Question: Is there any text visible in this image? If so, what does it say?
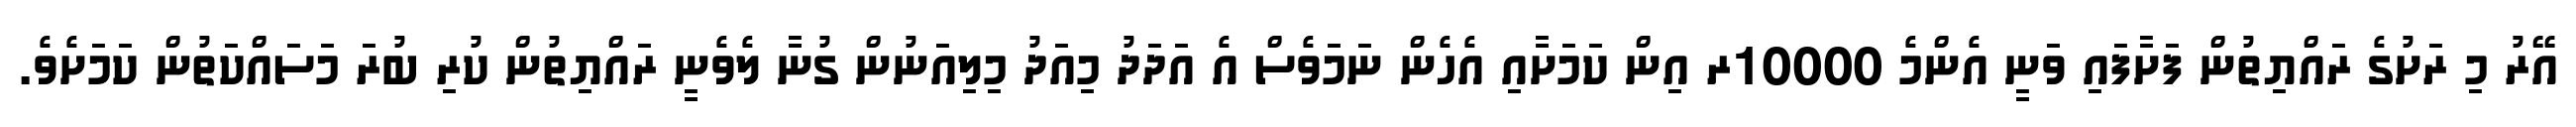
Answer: އޭރު މި ރަށުގެ ރައްޔިތުން ފަށާފައި ވަނީ އެންމެ 10000ރ އިން ކަމަށާއި އެހެން ނަމަވެސް އެ އަދަދު މިއަދު މިލިއަނުން ގުނާ ލެވެނީ ރައްޔިތުން ކުރި ބުރަ މަސައްކަތުން ކަމަށެވެ.